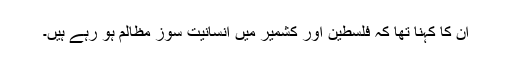
اُن کا کہنا تھا کہ فلسطین اور کشمیر میں انسانیت سوز مظالم ہو رہے ہیں۔